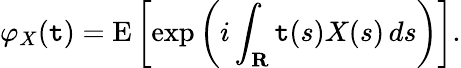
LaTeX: \varphi_{X}(\mathtt{t})=\operatorname{E}\left[\exp\left(i\int_{\mathbf{{R}}}\mathtt{t}(s)X(s)\, ds\right)\right].